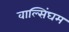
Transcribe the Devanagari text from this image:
वाल्सिंघम